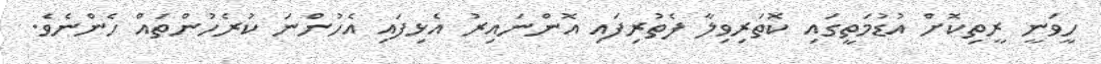
ހީވަނީ ރީތިކޮށް އުޑުމަތީގައި ކޮތަރިވިލާ ފެތުރިފައި އޮންނައިރު އެޅިފައި އެހުންނަ ކުރެހުންތައް ހެންނެވެ.